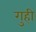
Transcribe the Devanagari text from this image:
गुही